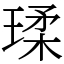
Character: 瑈